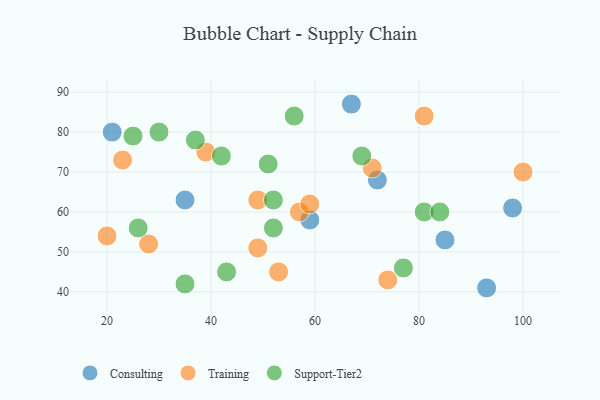
{"axis": {"x": "GDP", "y": "Life Expectancy"}, "legend": ["Consulting", "Support-Tier2", "Training"], "data": [{"x": "72", "y": 68, "type": "Consulting"}, {"x": "59", "y": 58, "type": "Consulting"}, {"x": "35", "y": 63, "type": "Consulting"}, {"x": "98", "y": 61, "type": "Consulting"}, {"x": "85", "y": 53, "type": "Consulting"}, {"x": "67", "y": 87, "type": "Consulting"}, {"x": "93", "y": 41, "type": "Consulting"}, {"x": "21", "y": 80, "type": "Consulting"}, {"x": "39", "y": 75, "type": "Training"}, {"x": "100", "y": 70, "type": "Training"}, {"x": "81", "y": 84, "type": "Training"}, {"x": "71", "y": 71, "type": "Training"}, {"x": "28", "y": 52, "type": "Training"}, {"x": "74", "y": 43, "type": "Training"}, {"x": "49", "y": 51, "type": "Training"}, {"x": "49", "y": 63, "type": "Training"}, {"x": "57", "y": 60, "type": "Training"}, {"x": "53", "y": 45, "type": "Training"}, {"x": "59", "y": 62, "type": "Training"}, {"x": "20", "y": 54, "type": "Training"}, {"x": "23", "y": 73, "type": "Training"}, {"x": "43", "y": 45, "type": "Support-Tier2"}, {"x": "81", "y": 60, "type": "Support-Tier2"}, {"x": "42", "y": 74, "type": "Support-Tier2"}, {"x": "25", "y": 79, "type": "Support-Tier2"}, {"x": "30", "y": 80, "type": "Support-Tier2"}, {"x": "84", "y": 60, "type": "Support-Tier2"}, {"x": "69", "y": 74, "type": "Support-Tier2"}, {"x": "77", "y": 46, "type": "Support-Tier2"}, {"x": "52", "y": 56, "type": "Support-Tier2"}, {"x": "56", "y": 84, "type": "Support-Tier2"}, {"x": "51", "y": 72, "type": "Support-Tier2"}, {"x": "26", "y": 56, "type": "Support-Tier2"}, {"x": "52", "y": 63, "type": "Support-Tier2"}, {"x": "35", "y": 42, "type": "Support-Tier2"}, {"x": "37", "y": 78, "type": "Support-Tier2"}]}